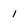
Character: I